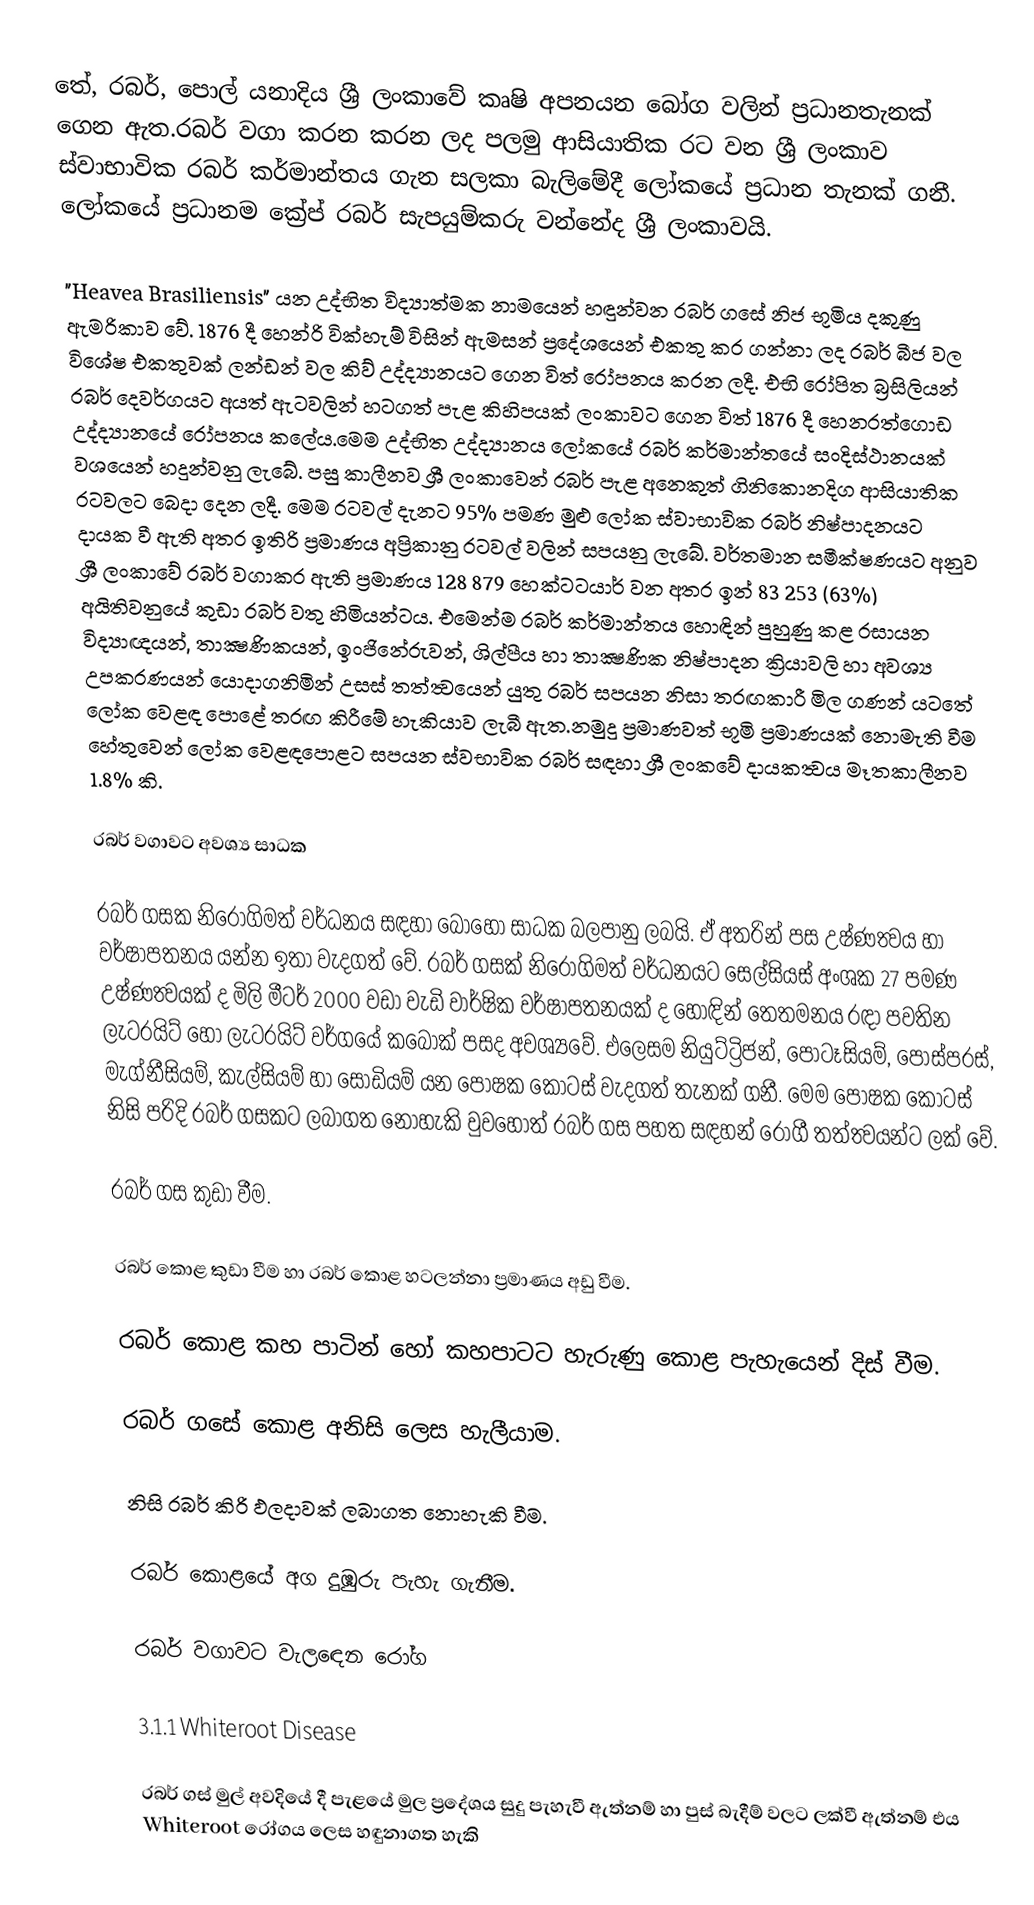
තේ, රබර්, පොල් යනාදිය ශ්‍රී ලංකාවේ කෘෂි අපනයන බෝග වලින් ප්‍රධානතැනක් ගෙන ඇත.රබර් වගා කරන කරන ලද පලමු ආසියාතික රට වන ශ්‍රී ලංකාව ස්වාභාවික රබර් කර්මාන්තය ගැන සලකා බැලිමේදී ලෝකයේ ප්‍රධාන තැනක් ගනී. ලෝකයේ ප්‍රධානම ක්‍රේප් රබර් සැපයුම්කරු වන්නේද ශ්‍රී ලංකාවයි.

"Heavea Brasiliensis" යන උද්භිත විද්‍යාත්මක නාමයෙන් හඳුන්වන රබර් ගසේ නිජ භූමිය දකුණු ඇමරිකාව වේ. 1876 දී හෙන්රි වික්හැම් විසින් ඇමසන් ප්‍රදේශයෙන් එකතු කර ගන්නා ලද රබර් බීජ වල විශේෂ එකතුවක් ලන්ඩන් වල කිව් උද්ද්‍යානයට ගෙන විත් රෝපනය කරන ලදී. එභි රෝපිත බ්‍රසිලියන් රබර් දෙවර්ගයට අයත් ඇටවලින් හටගත් පැළ කිහිපයක් ලංකාවට ගෙන විත් 1876 දී හෙනරත්ගොඩ උද්ද්‍යානයේ රෝපනය කලේය.මෙම උද්භිත උද්ද්‍යානය ලෝකයේ රබර් කර්මාන්තයේ සංදිස්ථානයක් වශයෙන් හදුන්වනු ලැබේ. පසු කාලීනව ශ්‍රී ලංකාවෙන් රබර් පැළ අනෙකුත් ගිනිකොනදිග ආසියාතික රටවලට බෙදා දෙන ලදී. මෙම රටවල් දැනට 95% පමණ මුළු ලෝක ස්වාභාවික රබර් නිෂ්පාදනයට දායක වී ඇති අතර ඉතිරි ප්‍රමාණය අප්‍රිකානු රටවල් වලින් සපයනු ලැබේ. වර්තමාන සමීක්ෂණයට අනුව ශ්‍රී ලංකාවේ රබර් වගාකර ඇති ප්‍රමාණය 128 879 හෙක්ටටයාර් වන අතර ඉන් 83 253 (63%) අයිතිවනුයේ කුඩා රබර් වතු හිමියන්ටය. එ‍මෙන්ම රබර් කර්මාන්තය හොඳින් පුහුණු කළ රසායන විද්‍යාඥයන්, තාක්‍ෂණිකයන්, ඉංජිනේරුවන්, ශිල්පීය හා තාක්‍ෂණික නිෂ්පාදන ක්‍රියාවලි හා අවශ්‍ය උපකරණයන් ‍යොදාගනිමින් උසස් තත්ත්‍වයෙන් යුතු රබර් සපයන නිසා තරඟකාරී මිල ගණන් යටතේ ලෝක වෙළඳ පොළේ තරඟ කිරීමේ හැකියාව ලැබී ඇත.නමුදු ප්‍රමාණවත් භූමි ප්‍රමාණයක් නොමැති වීම හේතුවෙන් ‍ලෝක වෙළඳපොළට සපයන ස්වභාවික රබර් සඳහා ශ්‍රී ලංකවේ දායකත්‍වය මෑතකාලීනව 1.8% කි.

රබර් වගාවට අවශ්‍ය සාධක

රබර් ගසක නිරෝගිමත් වර්ධනය සඳහා බොහෝ සාධක බලපානු ලබයි. ඒ අතරින් පස උෂ්ණත්‍වය හා වර්ෂාපතනය යන්න ඉතා වැදගත් වේ. රබර් ගසක් නිරෝගිමත් වර්ධනයට සෙල්සියස් අංශක 27 පමණ උෂ්ණත්‍වයක් ද ‍මිලි මීටර් 2000 වඩා වැඩි වාර්ෂික වර්ෂාපතනයක් ද හොඳින් තෙතමනය රඳා පවතින ලැටරයිට් හෝ ලැටරයිට් වර්ගයේ කබොක් පසද අවශ්‍යවේ. එලෙසම නියුට්ට්‍රිජන්, පොටෑසියම්, පොස්පරස්, මැග්නීසියම්, කැල්සියම් හා සෝඩියම් යන පෝෂක කොටස් වැදගත් තැනක් ගනී. මෙම පෝෂක කොටස් නිසි පරිදි රබර් ගසකට ලබාගත නොහැකි වුවහොත් රබර් ගස පහත සඳහන් රෝගී තත්ත්‍වයන්ට ලක් වේ.

 රබර් ගස කුඩා වීම.

 රබර් කොළ කුඩා වීම හා රබර් කොළ හටලන්නා ප්‍රමාණය අඩු වීම.

 රබර් කොළ කහ පාටින් හෝ කහපාටට හැරුණු කොළ පැහැයෙන් දිස් වීම.

 රබර් ගසේ කොළ අනිසි ලෙස හැලීයාම.

 නිසි රබර් කිරි ඵලදාවක් ලබාගත නොහැකි වීම.

රබර් කොළයේ අග දුඹුරු පැහැ ගැනීම.

රබර් වගාවට වැල‍ඳෙන රෝග

3.1.1 Whiteroot Disease

රබර් ගස් මුල් අවදියේ දී පැළයේ මුල ප්‍රදේශය සුදු පැහැවී ඇත්නම් හා පුස් බැදීම් වලට ලක්වී ඇත්නම් එය  Whiteroot රෝගය ලෙස හඳුනාගත හැකි